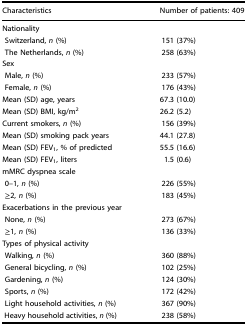
<table><thead><tr><td><b>Characteristics</b></td><td><b>Number of patients: 409</b></td></tr></thead><tbody><tr><td colspan="2">Nationality</td></tr><tr><td> Switzerland, <i>n</i> (%)</td><td>151 (37%)</td></tr><tr><td> The Netherlands, <i>n</i> (%)</td><td>258 (63%)</td></tr><tr><td colspan="2">Sex</td></tr><tr><td> Male, <i>n</i> (%)</td><td>233 (57%)</td></tr><tr><td> Female, <i>n</i> (%)</td><td>176 (43%)</td></tr><tr><td>Mean (SD) age, years</td><td>67.3 (10.0)</td></tr><tr><td>Mean (SD) BMI, kg/m<sup>2</sup></td><td>26.2 (5.2)</td></tr><tr><td>Current smokers, <i>n</i> (%)</td><td>156 (39%)</td></tr><tr><td>Mean (SD) smoking pack years</td><td>44.1 (27.8)</td></tr><tr><td>Mean (SD) FEV<sub>1</sub>, % of predicted</td><td>55.5 (16.6)</td></tr><tr><td>Mean (SD) FEV<sub>1</sub>, liters</td><td>1.5 (0.6)</td></tr><tr><td colspan="2">mMRC dyspnea scale</td></tr><tr><td> 0–1, <i>n</i> (%)</td><td>226 (55%)</td></tr><tr><td> ≥2, <i>n</i> (%)</td><td>183 (45%)</td></tr><tr><td colspan="2">Exacerbations in the previous year</td></tr><tr><td> None, <i>n</i> (%)</td><td>273 (67%)</td></tr><tr><td> ≥1, <i>n</i> (%)</td><td>136 (33%)</td></tr><tr><td colspan="2">Types of physical activity</td></tr><tr><td> Walking, <i>n</i> (%)</td><td>360 (88%)</td></tr><tr><td> General bicycling, <i>n</i> (%)</td><td>102 (25%)</td></tr><tr><td> Gardening, <i>n</i> (%)</td><td>124 (30%)</td></tr><tr><td> Sports, <i>n</i> (%)</td><td>172 (42%)</td></tr><tr><td> Light household activities, <i>n</i> (%)</td><td>367 (90%)</td></tr><tr><td> Heavy household activities, <i>n</i> (%)</td><td>238 (58%)</td></tr></tbody></table>